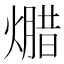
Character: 𱬕